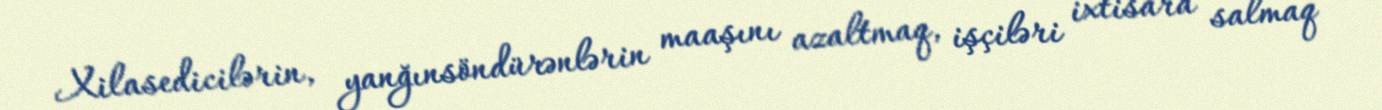
Xilasedicilərin, yanğınsöndürənlərin maaşını azaltmaq, işçiləri ixtisara salmaq